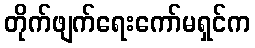
တိုက်ဖျက်ရေးကော်မရှင်က